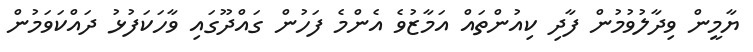
ޔާމީން ވިދާލުވުމުން ފާދި ކިއުންތައް އަމާޒުވެ އެންމެ ފަހުން ގައްދޫގައި ވާހަކަފުޅު ދައްކަވަމުން